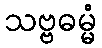
သဗ္ဗဓမ္မံ